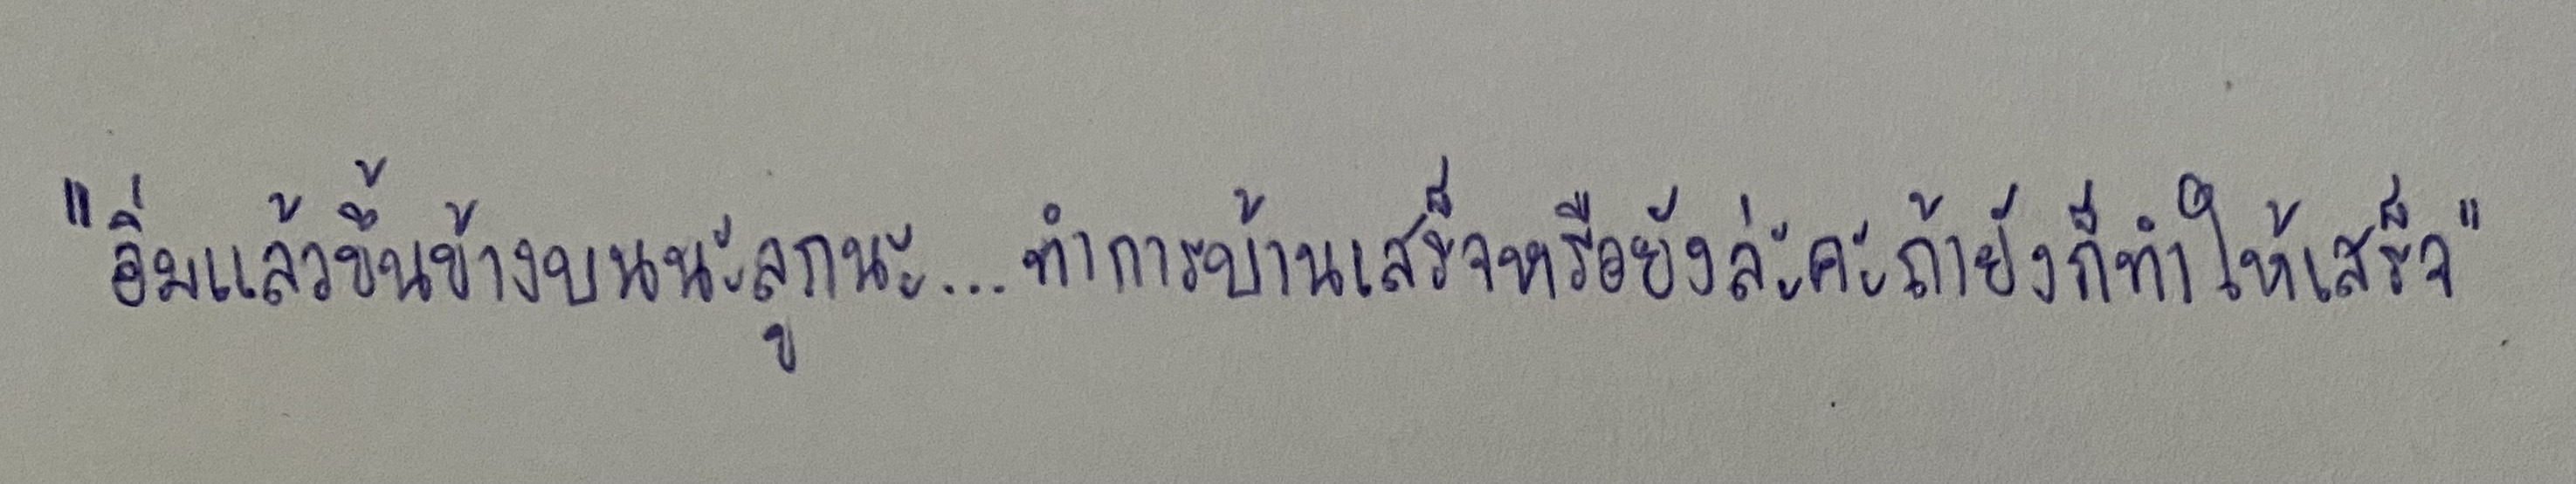
"อิ่มแล้วขึ้นข้างบนนะลูกนะ...ทำการบ้านเสร็จหรือยังล่ะคะถ้ายังก็ทำให้เสร็จ"